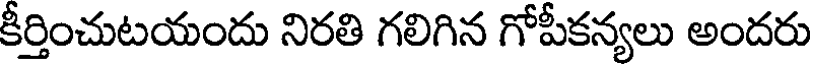
కీర్తించుటయందు నిరతి గలిగిన గోపీకన్యలు అందరు